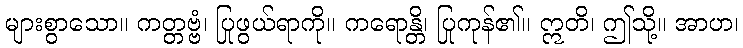
များစွာသော။ ကတ္တဗ္ဗံ၊ ပြုဖွယ်ရာကို။ ကရောန္တိ၊ ပြုကုန်၏။ ဣတိ၊ ဤသို့။ အာဟ၊